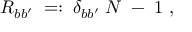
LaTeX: R _ { b b ^ { \prime } } \; = : \; \delta _ { b b ^ { \prime } } \; N \; - \; 1 \; ,